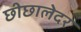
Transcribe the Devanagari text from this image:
छीछालेदर